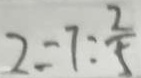
2 = 7 : \frac { 2 } { 5 }